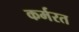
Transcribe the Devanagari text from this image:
कर्मरत